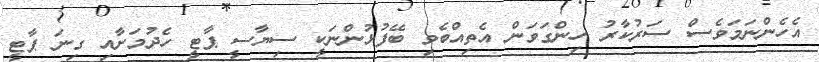
އެހެންނަމަވެސް ސަރުކާރު ހިންގަވަން އެތިއްބެވި ބޭފުޅުންނަކީ ސިޔާސީ ޕާޓީ ހެދުމަށާއި ގިނަ ޕާޓީ